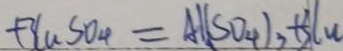
+ 3 C u S O _ { 4 } = A L ( S O _ { 4 } ) _ { 3 } + 3 C u